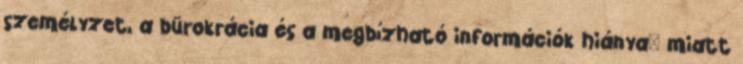
személyzet, a bürokrácia és a megbízható információk hiánya" miatt